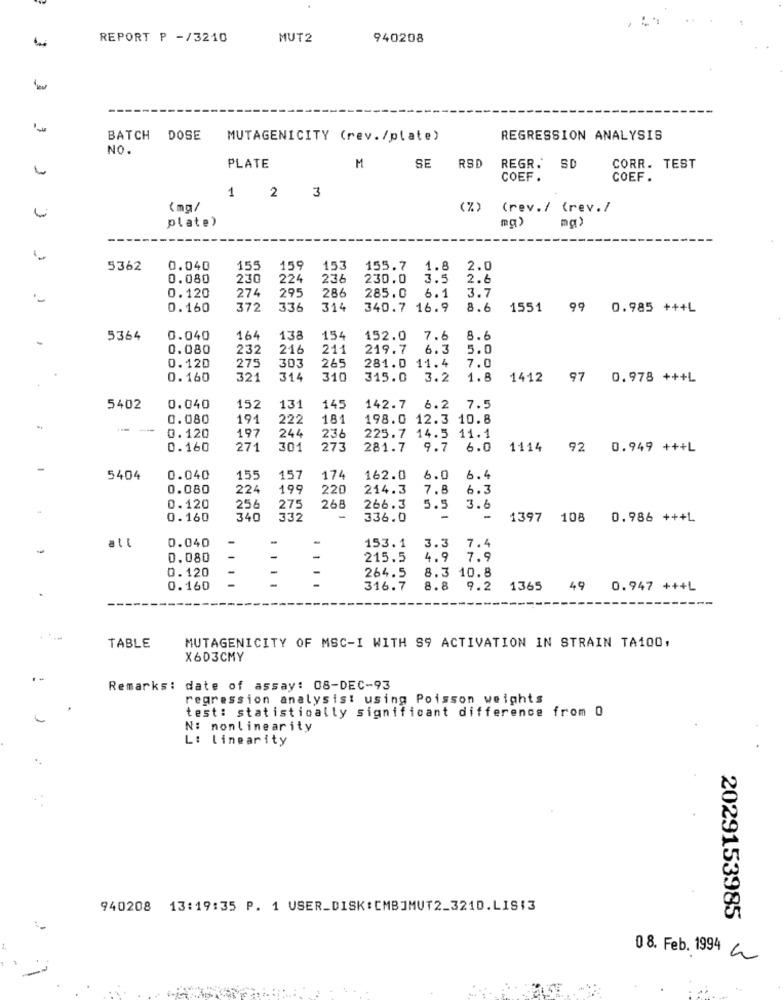
REPORT P -/3210
MUT2
940208
BATCH DOSE
MUTAGENICITY (rev./plate)
REGRESSION ANALYSIS
NO.
PLATE
M
SE
RSD
REGR. SD
CORR. TEST
COEF.
COEF .
1 2 3
(mg/
(%)
(rev./ (rev./
mg)
plate)
5362
0.040
155
159
153
155.7
1.8
2.0
0.080
230
224
236
230.0
3.5
2.6
295
286
3.7
0.120
274
285.0
6.1
0.160
372
336
314
340.7 16.9
8.6
1551 99 0.985 +++L
5364
0.040
164
138
15
152.0
7.6
8.6
0.080
232
216
211
219.7
6.3
5.0
265
281.0 11.4
0.120
275
303
7.0
0.160
321
314
310
315.0
3.2
1.8
1412
97 0.978 +++L
5402
0.040
152
131
14:
142.7
6.2
7.5
0.080
191
222
181
198.0 12.3 10.8
---
197
236
0.120
244
225.7 14.5 11.1
0.160
271
301
273
281.7
9.7
6.0
1114
92 0.949 +++L
5404
0.040
155
157
174
162.0
6.0
6.4
0.080
224
199
220
214.3
7.8
6.3
0.120
256
275
268
266.3
5.5
3.6
0.160
340
332
336.0
-
-
1397
108
0.986 +++L
0.040
-
all
153.1
3.3
7.4
0.080
-
-
215.5
4,9
7.9
0.120
264.5
8.3 10.8
0.160
316.7
8.8
9.2
1365
49 0.947 +++L
MUTAGENICITY OF MSC-I WITH S9 ACTIVATION IN STRAIN TA100,
TABLE
X603CMY
Remarks: date of assay: 08-DEC-93
regression analysist using Poisson weights
test: statistically significant difference from 0
N: nonlinearity
L: linearity
940208 13:19:35 P. 1 USER_DISK:CMBJMUT2_3210.LIS:3
2029153985
08. Feb. 1994 a